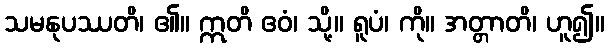
သမနုပဿတိ၊ ၏။ ဣတိ ဧဝံ၊ သို့။ ရူပံ၊ ကို။ အတ္တာတိ၊ ဟူ၍။